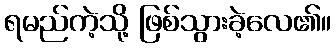
ရမည်ကဲ့သို့ ဖြစ်သွားခဲ့လေ၏။